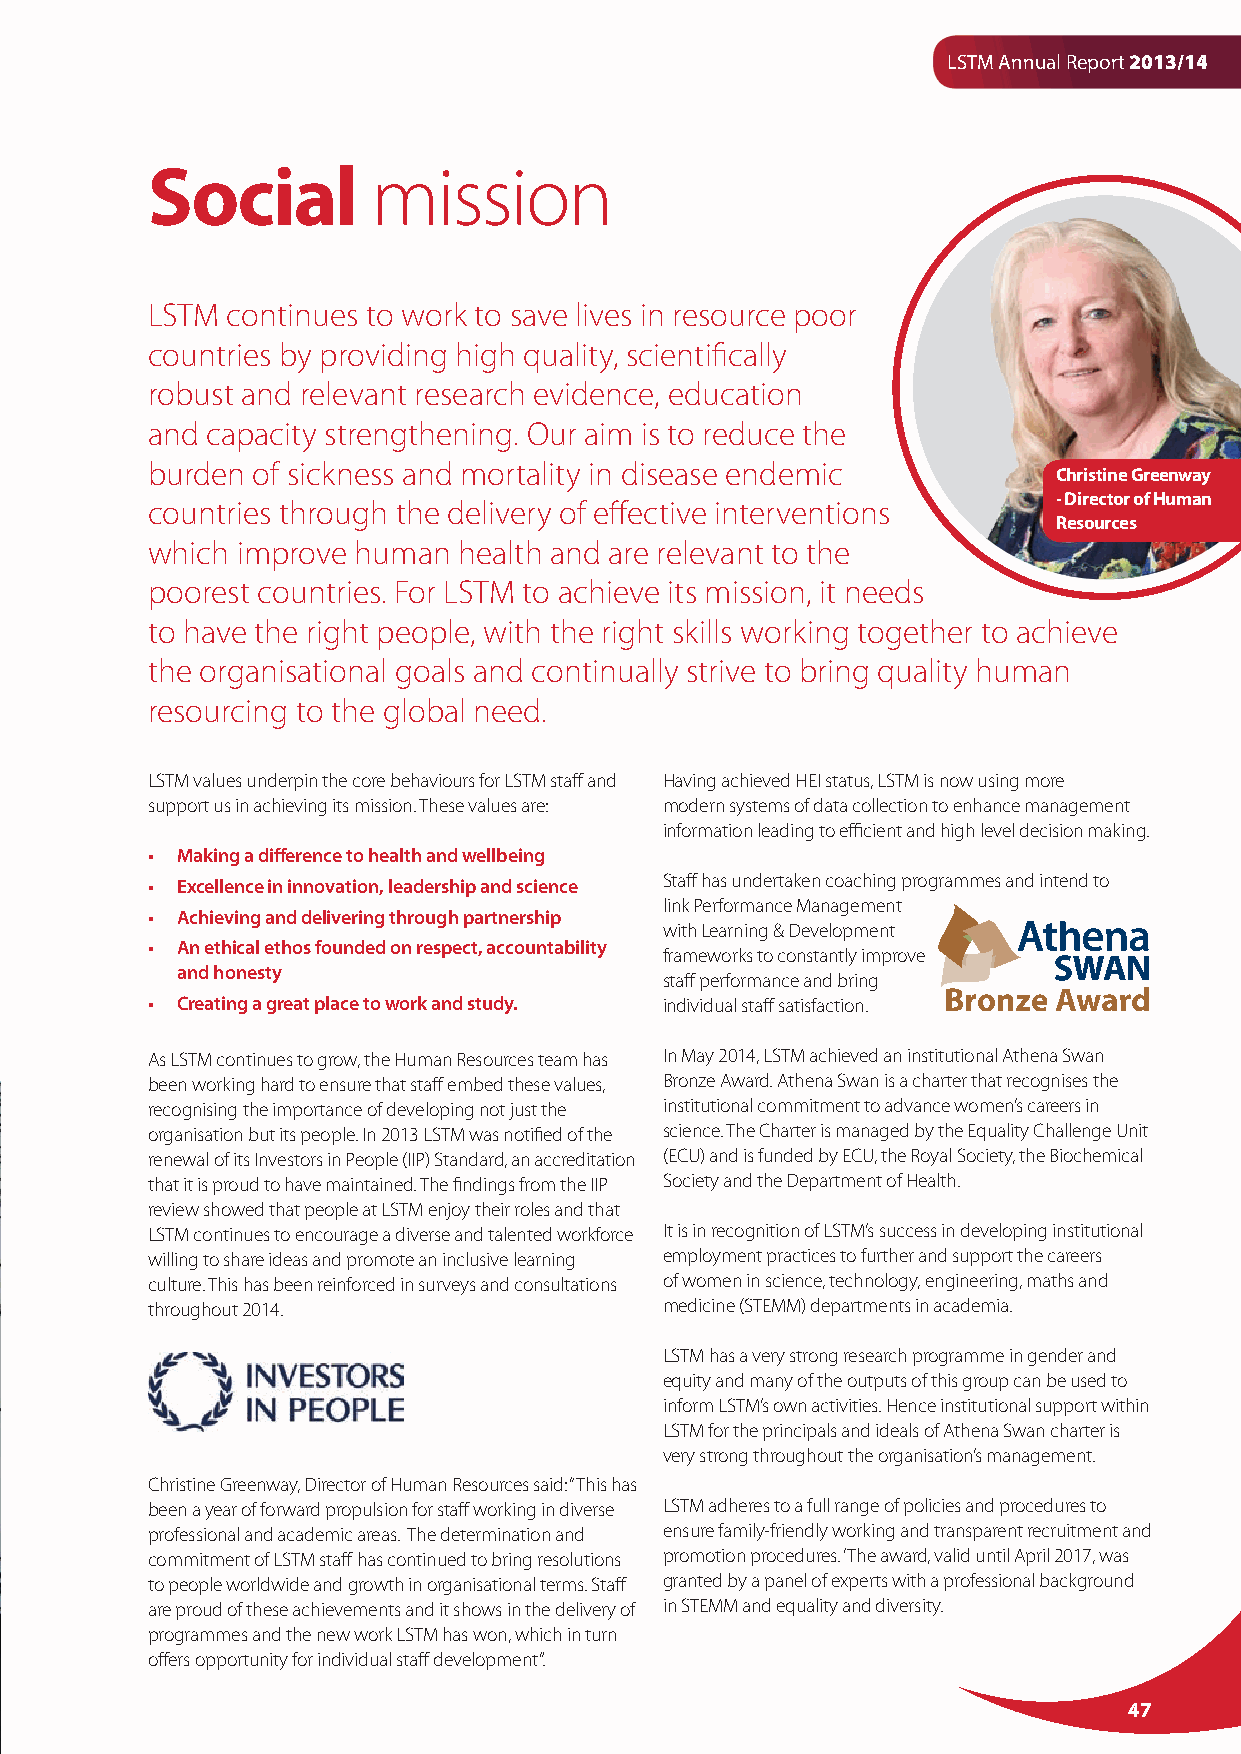
LSTM Annual Report 2013/14
 Social         mission
 LSTM continues to work to save lives in resource poor
 countries by providing high quality, scientifically
 robust and relevant research evidence, education
 and capacity strengthening. Our aim is to reduce the
 burden of sickness and mortality in disease endemic
 Christine Greenway
 - Director of Human
 countries through the delivery of effective interventions
 Resources
 which improve human health and are relevant to the
 poorest countries. For LSTM to achieve its mission, it needs
 to have the right people, with the right skills working together to achieve
 the organisational goals and continually strive to bring quality human
 resourcing to the global need.
 LSTM values underpin the core behaviours for LSTM staff and Having achieved HEI status, LSTM is now using more
 support us in achieving its mission. These values are: modern systems of data collection to enhance management
 information leading to efficient and high level decision making.
 • Making a difference to health and wellbeing
 • Excellence in innovation, leadership and science Staff has undertaken coaching programmes and intend to
 link Performance Management
 • Achieving and delivering through partnership
 with Learning & Development
 • A n ethical ethos founded on respect, accountability
 frameworks to constantly improve
 and honesty
 staff performance and bring
 • Creating a great place to work and study. individual staff satisfaction.
 As LSTM continues to grow, the Human Resources team has In May 2014, LSTM achieved an institutional Athena Swan
 been working hard to ensure that staff embed these values, Bronze Award. Athena Swan is a charter that recognises the
 recognising the importance of developing not just the institutional commitment to advance women’s careers in
 organisation but its people. In 2013 LSTM was notified of the science. The Charter is managed by the Equality Challenge Unit
 renewal of its Investors in People (IIP) Standard, an accreditation (ECU) and is funded by ECU, the Royal Society, the Biochemical
 that it is proud to have maintained. The findings from the IIP Society and the Department of Health.
 review showed that people at LSTM enjoy their roles and that
 LSTM continues to encourage a diverse and talented workforce It is in recognition of LSTM’s success in developing institutional
 willing to share ideas and promote an inclusive learning employment practices to further and support the careers
 culture. This has been reinforced in surveys and consultations of women in science, technology, engineering, maths and
 throughout 2014.                  medicine (STEMM) departments in academia.
 LSTM has a very strong research programme in gender and
 equity and many of the outputs of this group can be used to
 inform LSTM’s own activities. Hence institutional support within
 LSTM for the principals and ideals of Athena Swan charter is
 very strong throughout the organisation’s management.
 Christine Greenway, Director of Human Resources said: “This has
 been a year of forward propulsion for staff working in diverse LSTM adheres to a full range of policies and procedures to
 professional and academic areas. The determination and ensure family-friendly working and transparent recruitment and
 commitment of LSTM staff has continued to bring resolutions promotion procedures. ‘The award, valid until April 2017, was
 to people worldwide and growth in organisational terms. Staff granted by a panel of experts with a professional background
 are proud of these achievements and it shows in the delivery of in STEMM and equality and diversity.
 programmes and the new work LSTM has won, which in turn
 offers opportunity for individual staff development”.
 47